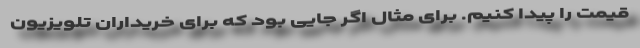
قیمت را پیدا کنیم. برای مثال اگر جایی بود که برای خریداران تلویزیون